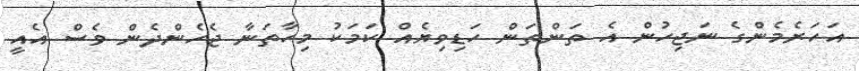
އަހަރެމެންގެ ނަޖިހުން އެ ތަންތަން ހަޑިވިޔެއް ކަމަކު މިހާތަނާ ޖެހެންދެން ވެސް އެއީ